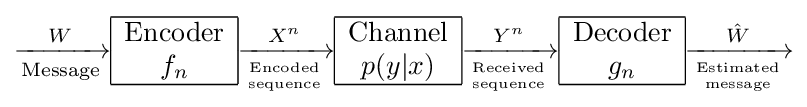
{\xrightarrow[{\text{Message}}]{W}}{\begin{array}{|c| }\hline {\text{Encoder}}\\f_{n}\\\hline \end{array}}{\xrightarrow[{\mathrm {Encoded \atop sequence} }]{X^{n}}}{\begin{array}{|c| }\hline {\text{Channel}}\\p(y|x)\\\hline \end{array}}{\xrightarrow[{\mathrm {Received \atop sequence} }]{Y^{n}}}{\begin{array}{|c| }\hline {\text{Decoder}}\\g_{n}\\\hline \end{array}}{\xrightarrow[{\mathrm {Estimated \atop message} }]{\hat {W}}}